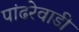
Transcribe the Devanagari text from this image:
पांढरेवाडी